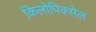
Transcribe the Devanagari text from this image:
किलोपिक्सेल